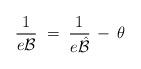
LaTeX: \begin{align*}\frac{1}{e {\mathcal B}} \;=\; \frac{1}{e {\hat{\mathcal B}}} \,-\,\theta\end{align*}